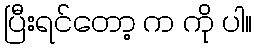
ပြီးရင်တော့ က ကို ပါ။